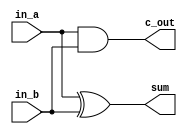
module HA(
    in_a,
    in_b,
    sum,
    c_out
);

input in_a;
input in_b;

output c_out;
output sum;

assign c_out = in_a & in_b;
assign sum = in_a ^ in_b;

endmodule